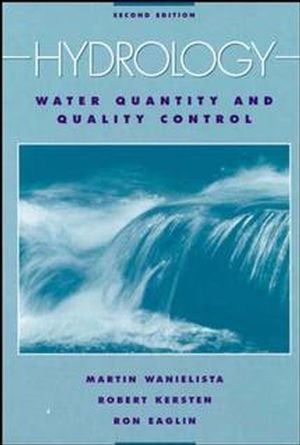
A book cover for Hydrology: Water Quantity and Quality Control; Martin P. Wanielista; Science & Math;